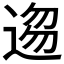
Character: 𮞥